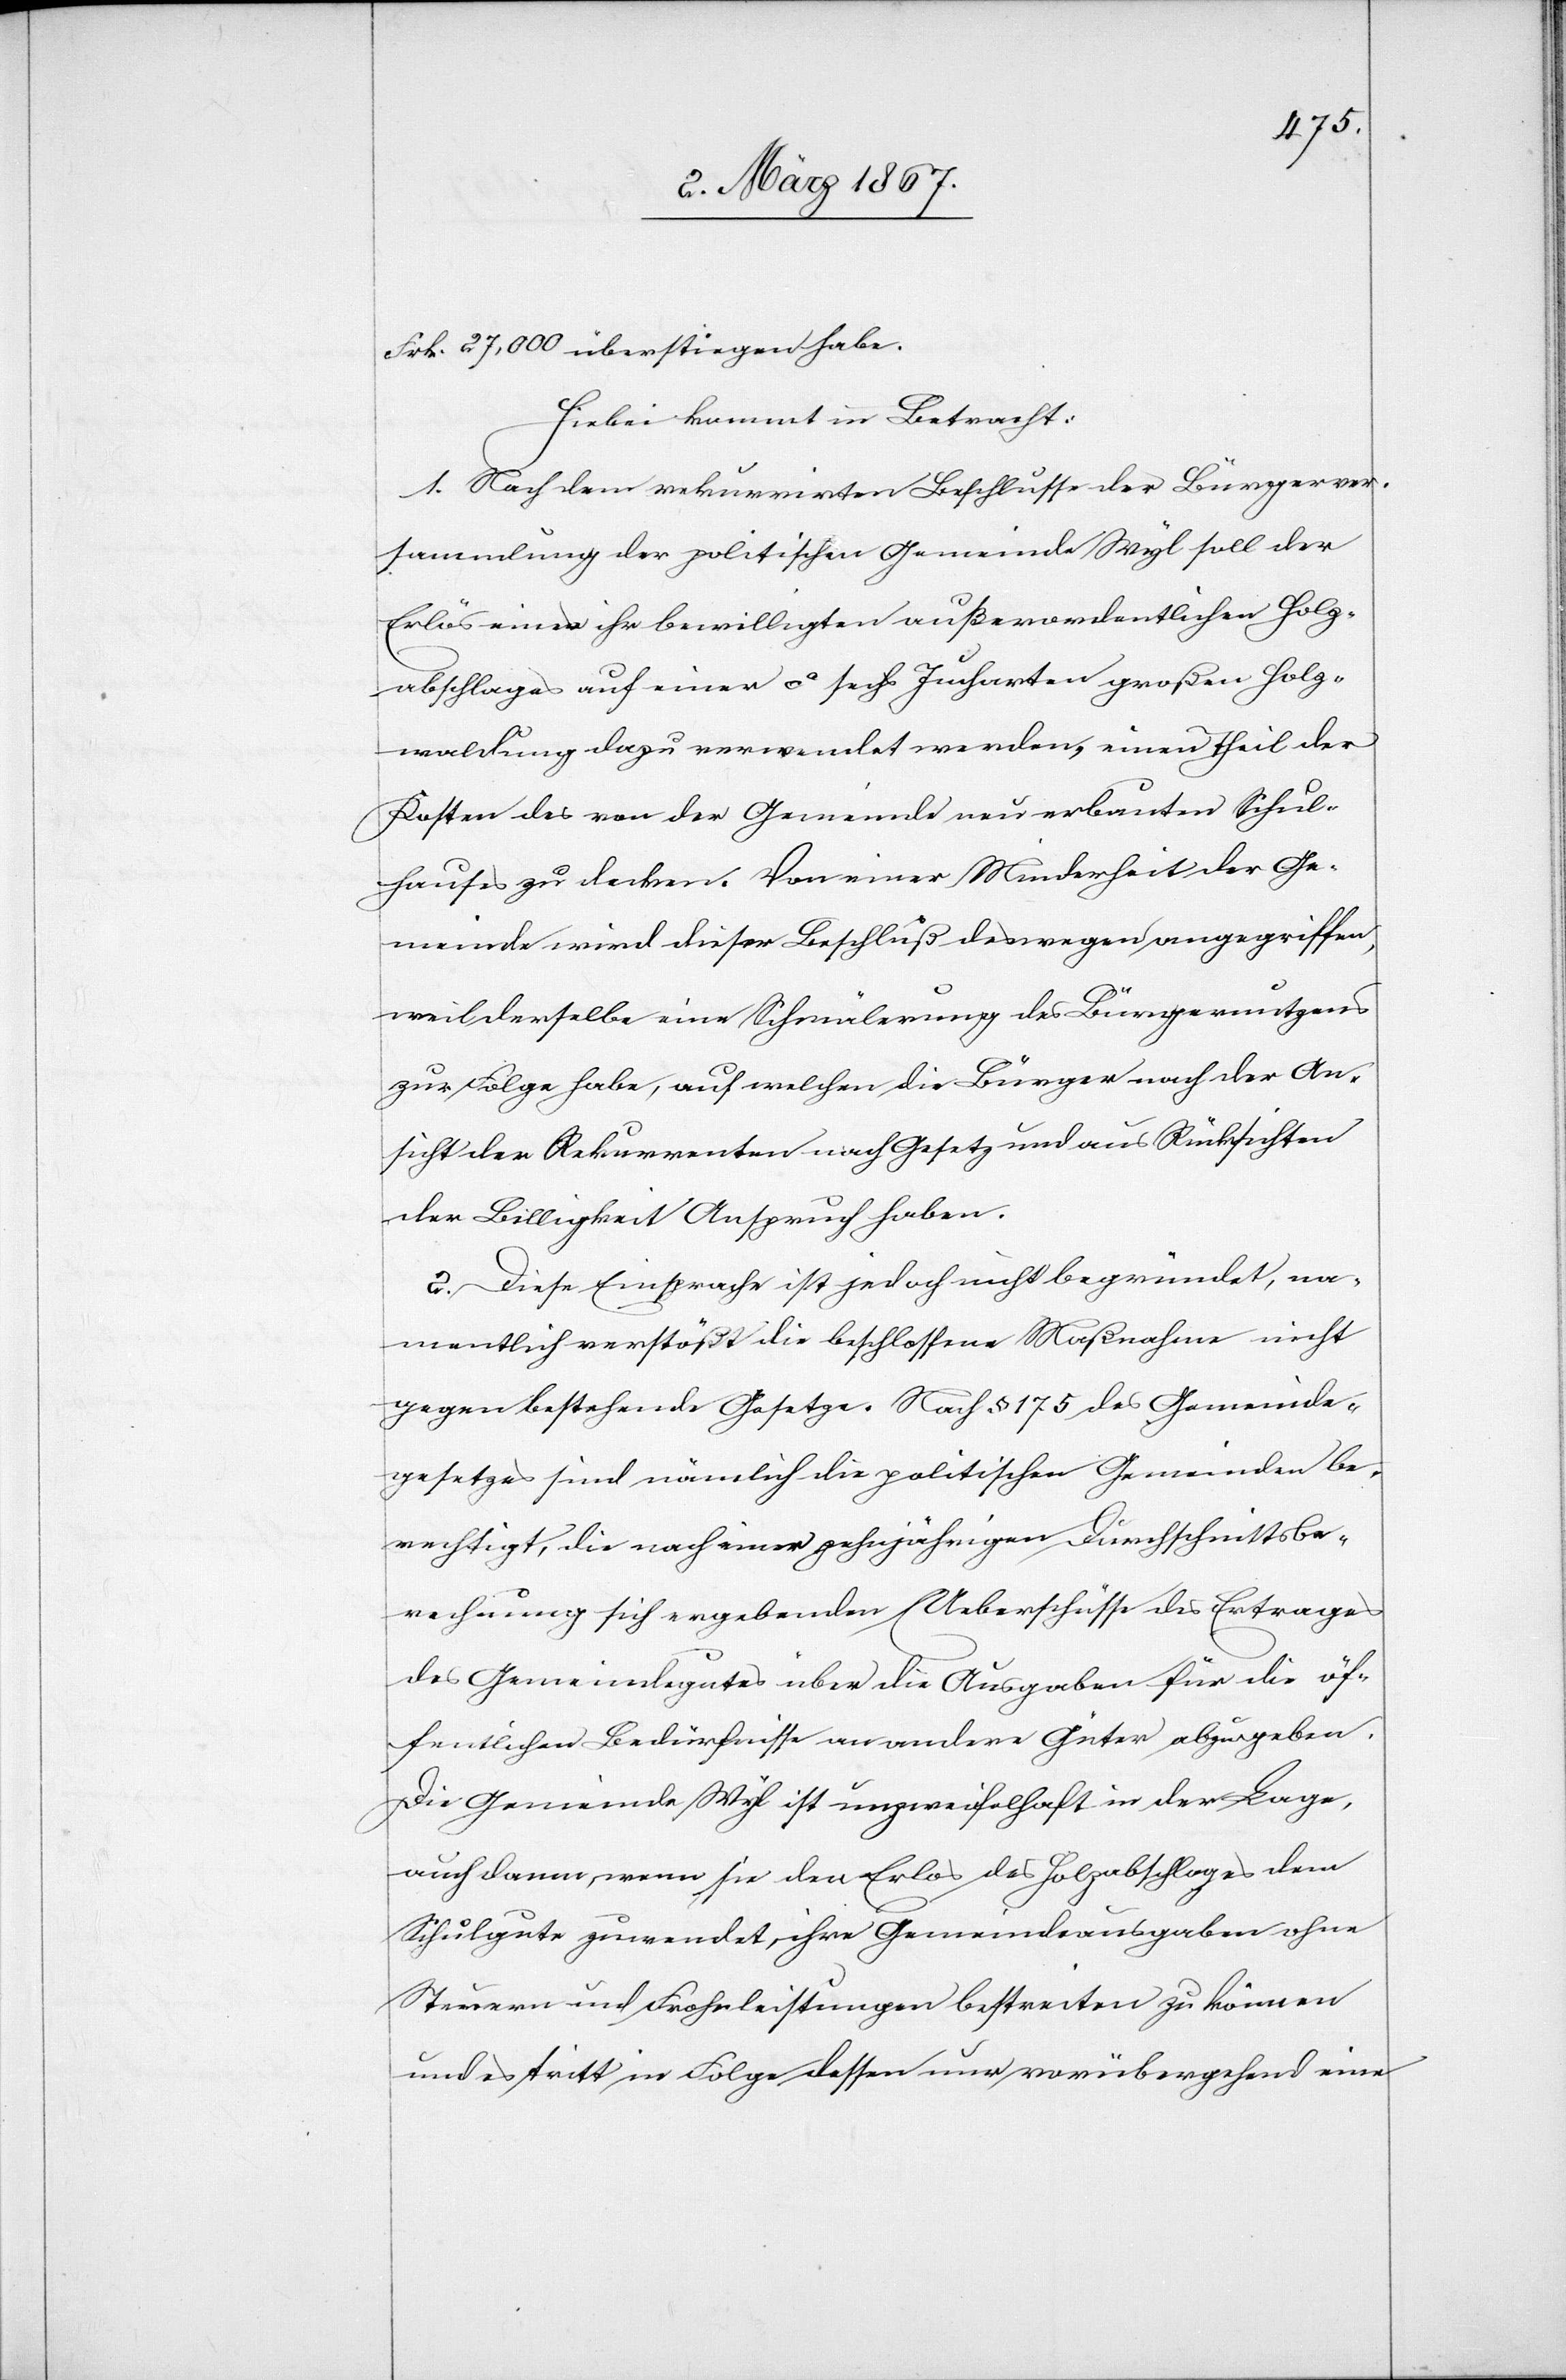
Frk. 27,000 überstiegen habe.
Hiebei kommt in Betracht:
1. Nach dem rekurrirten Beschlusse der Bürgerver¬
sammlung der politischen Gemeinde Wyl soll der
Erlös eines ihr bewilligten außerordentlichen Holz¬
abschlages auf einer ca sechs Jucharten großen Holz¬
waldung dazu verwendet werden, einen Theil der
Kosten des von der Gemeinde neu erbauten Schul¬
hauses zu decken. Von einer Minderheit der Ge¬
meinde wird dieser Beschluß deswegen angegriffen,
weil derselbe eine Schmälerung des Bürgernutzens
zur Folge habe, auf welchen die Bürger nach der An¬
sicht der Rekurrenten nach Gesetz und aus Rücksichten
der Billigkeit Anspruch haben.
2. Diese Einsprache ist jedoch nicht begründet, na¬
mentlich verstößt die beschlossene Maßnahme nicht
gegen bestehende Gesetze. Nach § 175 des Gemeinde¬
gesetzes sind nämlich die politischen Gemeinden be¬
rechtigt, die nach einer zehnjährigen Durchschnittsbe¬
rechnung sich ergebenden Ueberschüsse des Ertrages
des Gemeindegutes über die Ausgaben für die öf¬
fentlichen Bedürfnisse an andere Güter abzugeben.
Die Gemeinde Wyl ist unzweifelhaft in der Lage,
auch dann, wenn sie den Erlos [sic!] des Holzabschlages dem
Schulgute zuwendet, ihre Gemeindeausgaben ohne
Steuern und Frohnleistungen bestreiten zu können
und es tritt in Folge dessen nur vorübergehend eine